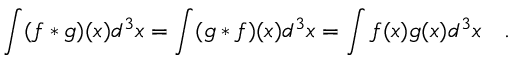
\int ( f * g ) ( x ) d ^ { 3 } x = \int ( g * f ) ( x ) d ^ { 3 } x = \int f ( x ) g ( x ) d ^ { 3 } x ~ ~ ~ .